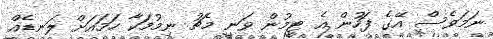
ނަމަވެސް އޭގެ ފަހުން އެ ޓީމުން ވަނީ މެޗު ނިމުމަކާ ހަމައަށް ލަނޑެއް